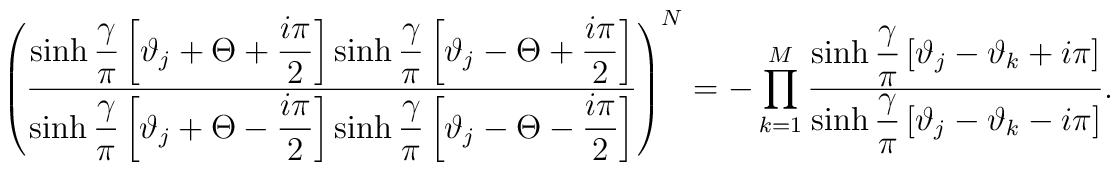
\left( \displaystyle\frac{\sinh \displaystyle\frac{\gamma }{\pi }\left[ \vartheta _{j}+\Theta +\displaystyle\frac{i\pi }{2}\right] \sinh \displaystyle\frac{\gamma }{\pi }\left[ \vartheta _{j}-\Theta +\displaystyle\frac{i\pi }{2}\right] }{\sinh \displaystyle\frac{\gamma }{\pi }\left[ \vartheta _{j}+\Theta -\displaystyle\frac{i\pi }{2}\right] \sinh \displaystyle\frac{\gamma }{\pi }\left[ \vartheta _{j}-\Theta -\displaystyle\frac{i\pi }{2}\right] }\right) ^{N}=-\prod _{k=1}^{M}\displaystyle\frac{\sinh \displaystyle\frac{\gamma }{\pi }\left[ \vartheta _{j}-\vartheta _{k}+i\pi \right] }{\sinh \displaystyle\frac{\gamma }{\pi }\left[ \vartheta _{j}-\vartheta _{k}-i\pi \right] }\: .